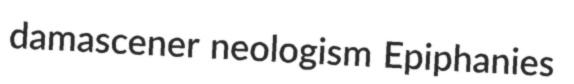
damascener neologism Epiphanies